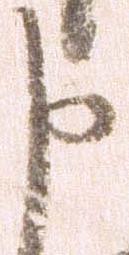
申